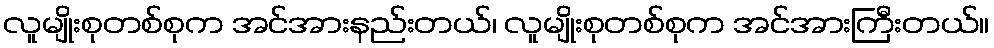
လူမျိုးစုတစ်စုက အင်အားနည်းတယ်၊ လူမျိုးစုတစ်စုက အင်အားကြီးတယ်။